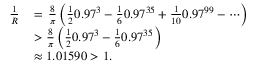
\begin{array} { r l } { \frac { 1 } { R } \, } & { = \, \frac { 8 } { \pi } \left( \frac { 1 } { 2 } 0 . 9 7 ^ { 3 } - \frac { 1 } { 6 } 0 . 9 7 ^ { 3 5 } + \frac { 1 } { 1 0 } 0 . 9 7 ^ { 9 9 } - \cdots \right) } \\ & { > \frac { 8 } { \pi } \left( \frac { 1 } { 2 } 0 . 9 7 ^ { 3 } - \frac { 1 } { 6 } 0 . 9 7 ^ { 3 5 } \right) } \\ & { \approx 1 . 0 1 5 9 0 > 1 . } \end{array}